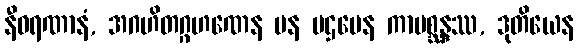
နီဝရဏာနံ, အဂဟိတဂ္ဂဟဏေန ပန ပဌမေန ကာမစ္ဆန္ဒဿ, ဒုတိယေန